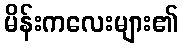
မိန်းကလေးများ၏